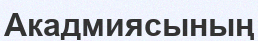
Акадмиясының